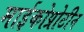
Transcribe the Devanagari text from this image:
माईकोप्रोटीन